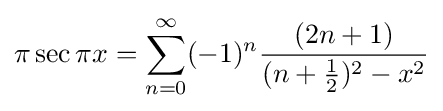
\pi \sec \pi x=\sum _{n=0}^{\infty }(-1)^{n}{\frac {(2n+1)}{(n+{\tfrac {1}{2}})^{2}-x^{2}}}